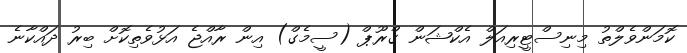
ކޮމަންވެލްތު މިނިސްޓީރިއަލް އެކްޝަން ގްރޫޕް (ސީމެގް) އިން ރާއްޖެ އަޅުވެތިކޮށް ބިރު ދައްކާނެ